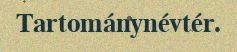
Tartománynévtér.